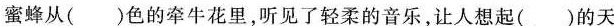
蜜蜂从( )色的牵牛花里，听见了轻柔的音乐，让人想起( )的天